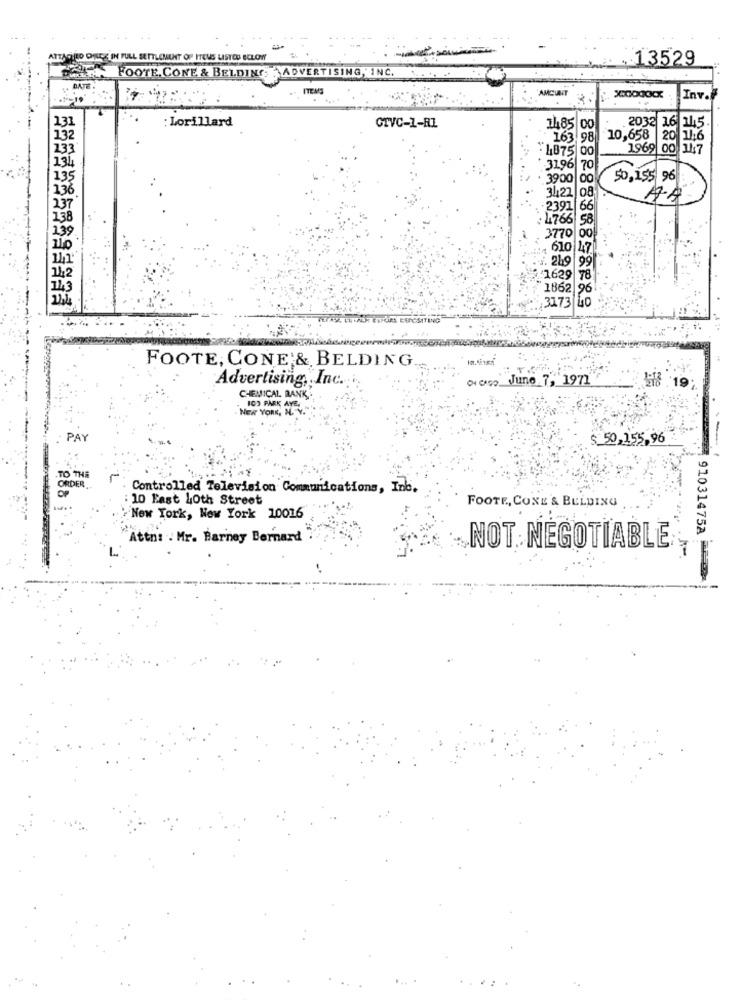
TTAGRILO OFECE IN FULL SETTLEMENT OF ITEMS LISTED BELOW
. 13529
FOOTE, CONE & BELDING ADVERTISING, INC.
DATE
ITEMS
AMCUNT
Inv.
: Lorillard
CTVC-1-AL
14485 00
2032 1.6 1445
163.98
10,658 20 116
1969 00 147
:1875 00
31.96 70
135
3900 00
50, 155 96
136
31422/08
A.A
37
2397
138
39
3770
. 610
. 219
14
1629
1862
31.73
TALK ESPUMA LENCSITING
FOOTE, CONE & BELDING
Advertising, Inc. ..
acaso_June 7, 1971
第 19
CHEMICAL BANK .:
103 PARK AVE.
NEW YORK, N. Y.
PAY
50,155.96
TO THE
ORDER ..
Controlled Television Communications, Inb.
10 Fast Loth Street
FOOTE, CONE'& BELDING
New York, New York 10016
Attn: . Mr. Barney Bernard
NOT NEGOTIABLE
91031475A